Annual report on the Civil Veterinary Department, Burma (including the Insein Veterinary School) - 1923-1931
Year: 1923
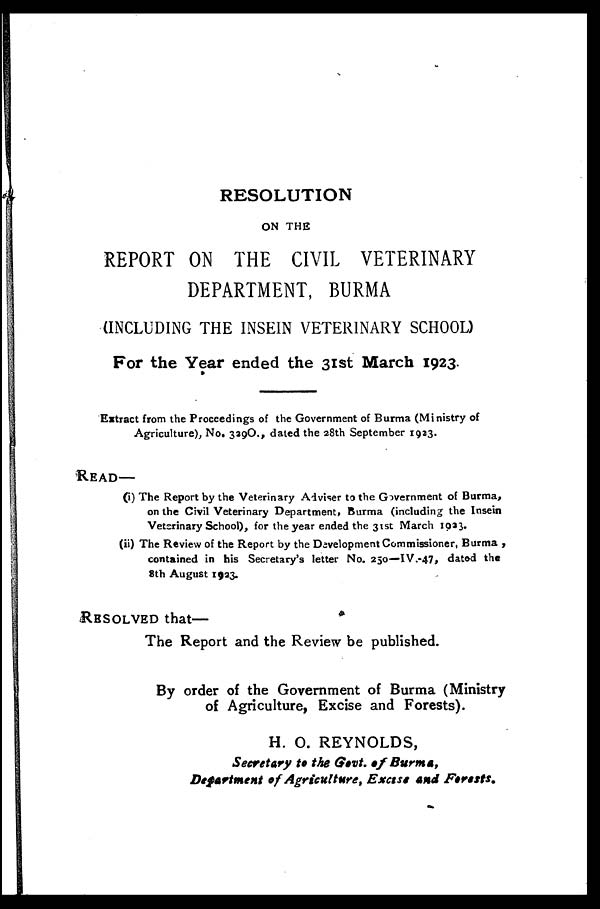
RESOLUTION
ON THE
REPORT ON THE CIVIL VETERINARY
DEPARTMENT, BURMA
(INCLUDING THE INSEIN VETERINARY SCHOOL)
For the Year ended the 31st March 1923.
Extract from the Proceedings of the Government of Burma (Ministry of
Agriculture), No. 339O., dated the 28th September 1923.
READ—
(i) The Report by the Veterinary Adviser to the Government of Burma,
on the Civil Veterinary Department, Burma (including the Insein
Veterinary School), for the year ended the 31st March 1923.
(ii) The Review of the Report by the Development Commissioner, Burma ,
contained in his Secretary's letter No. 250—IV.-47, dated the
8th August 1923.
RESOLVED that—
The Report and the Review be published.
By order of the Government of Burma (Ministry
of Agriculture, Excise and Forests).
H. O. REYNOLDS,
Secretary to the Govt. of Burma,
Department of Agriculture, Excise and Forests.